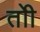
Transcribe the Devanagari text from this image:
तोी